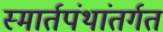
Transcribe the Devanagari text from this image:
स्मार्तपंथांतर्गत